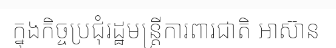
ក្នុងកិច្ចប្រជុំរដ្ឋមន្ត្រីការពារជាតិ អាស៊ាន